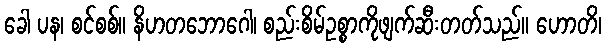
ခေါ ပန၊ စင်စစ်။ နိဟတဘောဂေါ၊ စည်းစိမ်ဥစ္စာကိုဖျက်ဆီးတတ်သည်။ ဟောတိ၊